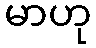
မာဟု